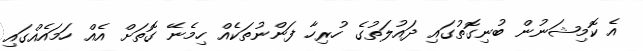
އެ ކޮމިޝަނުން ބުނިގޮތުގައި ދައުލަތުގެ ހުރިހާ ފަންނުތަކެއް ހިމެނޭ ގޮތަށް އެއް ހަމައެއްގައި